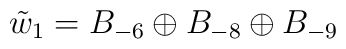
\tilde{w}_1 = B_{-6} \oplus  B_{-8} \oplus B_{-9}